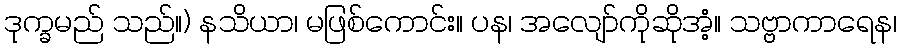
ဒုက္ခမည် သည်။) နသိယာ၊ မဖြစ်ကောင်း။ ပန၊ အလျော်ကိုဆိုအံ့။ သဗ္ဗာကာရေန၊